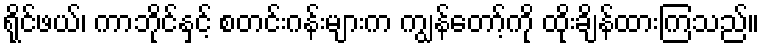
ရိုင်ဖယ်၊ ကာဘိုင်နှင့် စတင်းဂန်းများက ကျွန်တော့်ကို ထိုးချိန်ထားကြသည်။